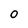
Character: O